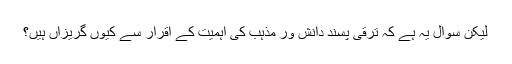
لیکن سوال یہ ہے کہ ترقی پسند دانش ور مذہب کی اہمیت کے اقرار سے کیوں گریزاں ہیں؟